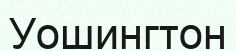
Уошингтон